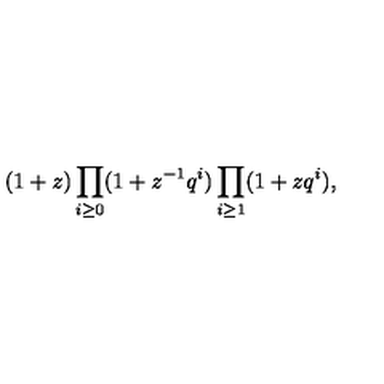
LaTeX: ( 1 + z ) \prod _ { i \geq 0 } ( 1 + z ^ { - 1 } q ^ { i } ) \prod _ { i \geq 1 } ( 1 + z q ^ { i } ) ,